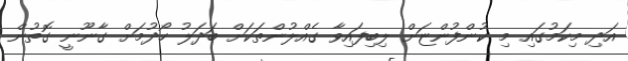
އަދި މިކަމުގައި މި ކުންފުންޏަށް ލިބިފައިވާ ގެއްލުންތަކަށް ބަދަލު ހޯދުމަށް ގާނޫނީ ގޮތުން